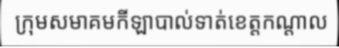
ក្រុមសមាគមកីឡាបាល់ទាត់ខេត្តកណ្តាល